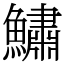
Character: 鱐